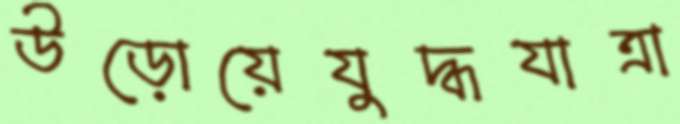
উড়োয়েযুদ্ধযাত্রা